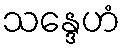
သန္ဒေဟံ